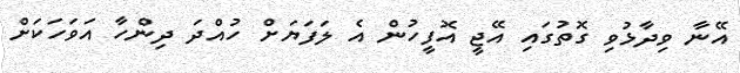
އޭނާ ވިދާޅުވި ގޮތުގައި އޭޖީ އޮފީހުން އެ ލަފަޔަށް ހުއްދަ ދިންހާ އަވަަހަކަށް